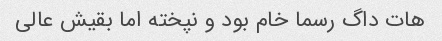
هات داگ رسما خام بود و نپخته اما بقیش عالی